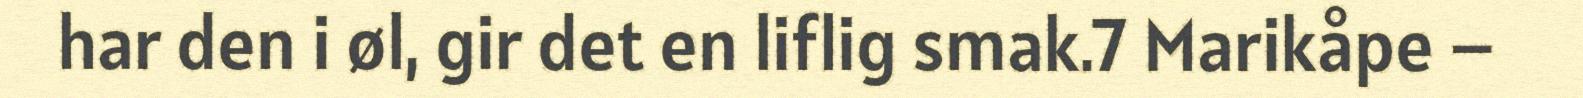
har den i øl, gir det en liflig smak.7 Marikåpe –